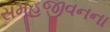
સમૂહજીવનના